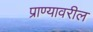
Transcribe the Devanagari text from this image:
प्राण्यावरील